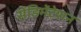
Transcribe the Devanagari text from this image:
सेंडिमेंटेशन